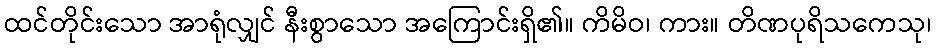
ထင်တိုင်းသော အာရုံလျှင် နီးစွာသော အကြောင်းရှိ၏။ ကိမိဝ၊ ကား။ တိဏပုရိသကေသု၊